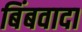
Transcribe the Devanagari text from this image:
बिंबवादा